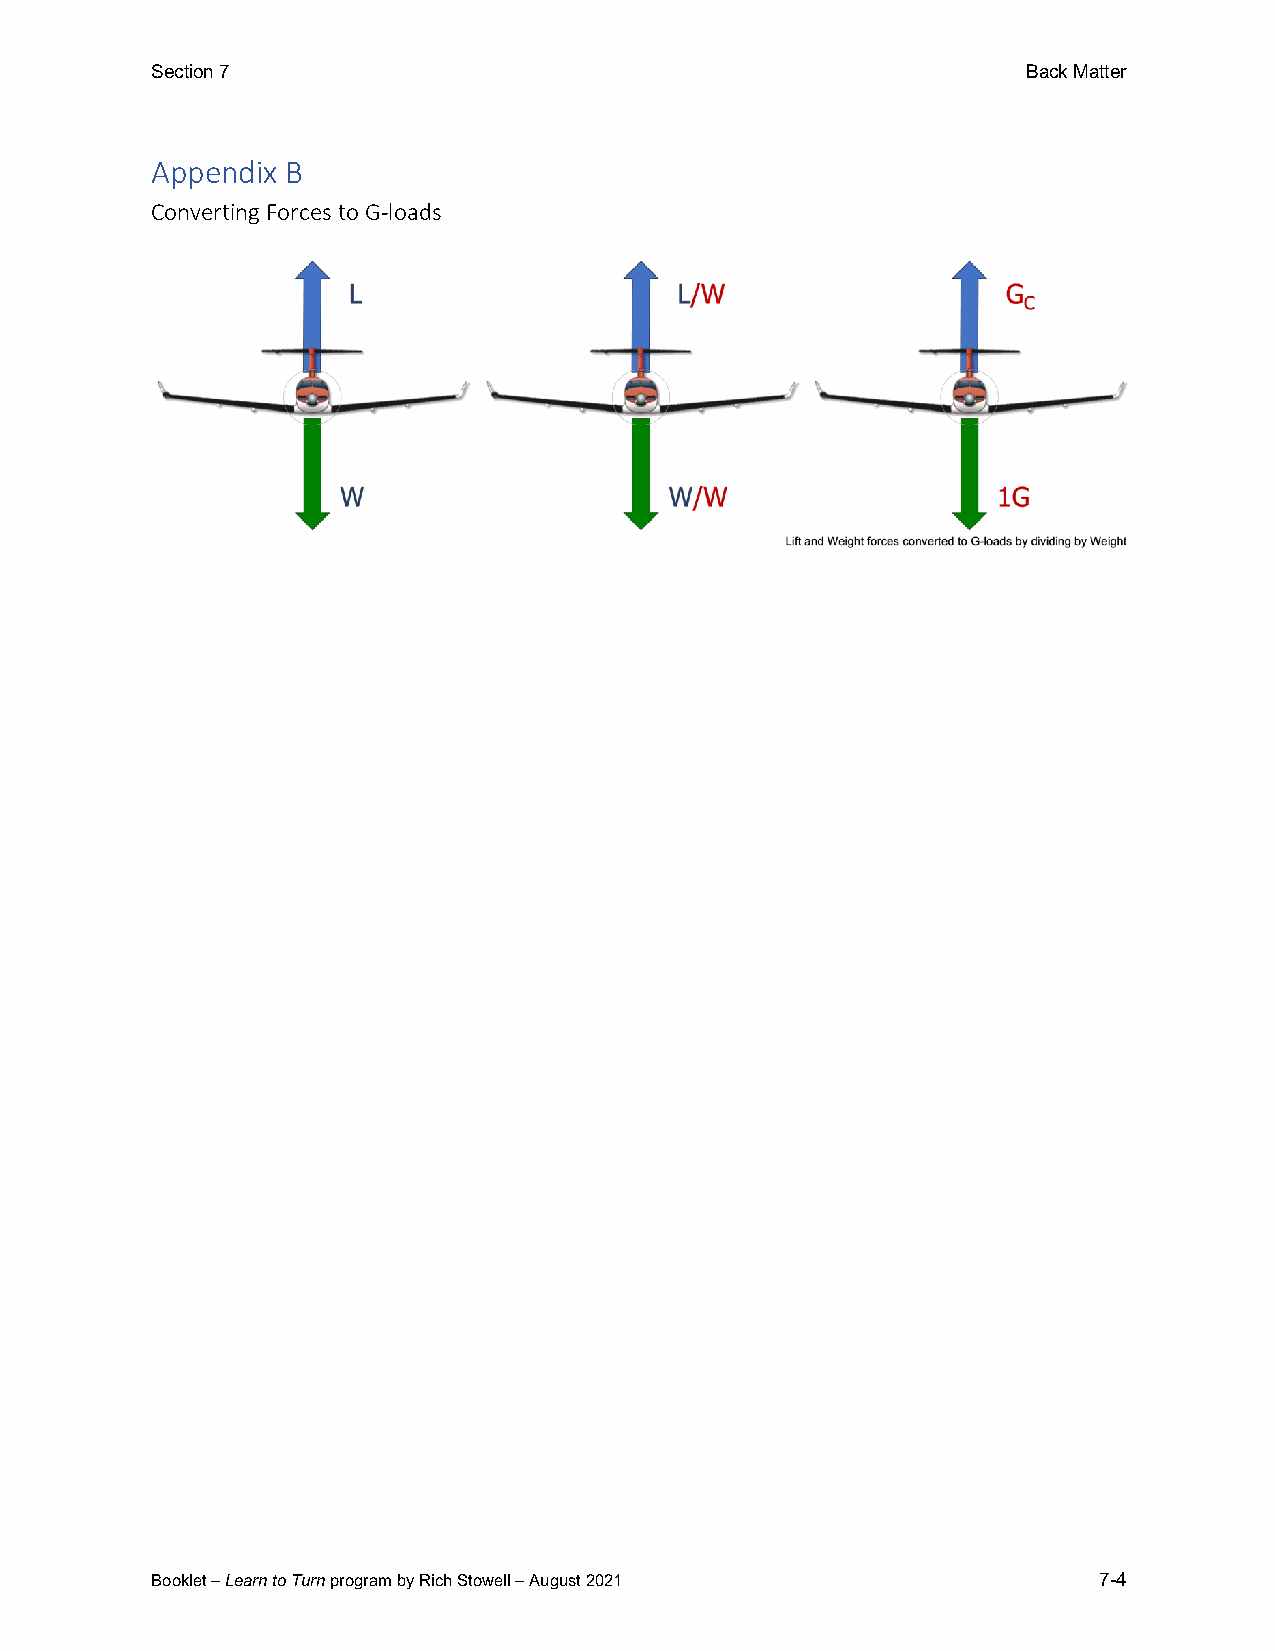
Section 7                                                 Back Matter
 Appendix B
 Converting Forces to G-loads
 Booklet – Learn to Turn program by Rich Stowell – August 2021  7-4